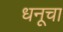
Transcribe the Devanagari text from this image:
धनूचा